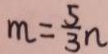
m = \frac { 5 } { 3 } n